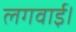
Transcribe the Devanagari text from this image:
लगवाई।